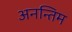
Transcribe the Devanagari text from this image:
अनन्तिम